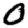
Digit: 0